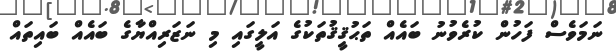
ނަމަވެސް ފަހުން ކުރެވުނު ބައެއް ތަޙުޤީޤުތަކުގެ އަލީގައި މި ނަޒަރިއްޔާގެ ބައެއް ބައިތައް